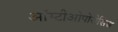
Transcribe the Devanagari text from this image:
ऑस्टीओपोरोसिस